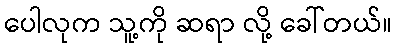
ပေါလုက သူ့ကို ဆရာ လို့ ခေါ်တယ်။